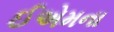
ઈએમના